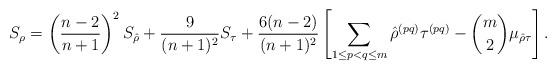
LaTeX: \begin{align*} S_{\rho}=\left(\frac{n - 2}{n+1}\right)^2 S_{\hat{\rho}} + \frac{9}{(n+1)^2} S_{\tau} + \frac{6 (n -2)}{(n+1)^2} \left[ \sum_{1 \leq p < q \leq m}\hat{\rho}^{(pq)} \tau^{(pq)} - {m \choose 2} \mu_{\hat{\rho} \tau} \right] .\end{align*}